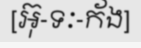
[អ៊ុ-ទៈ-ក័ង]